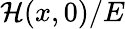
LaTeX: \mathcal{H}(x,0)/E